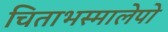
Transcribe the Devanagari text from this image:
चिताभस्मालेपो